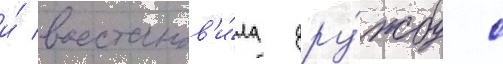
и́ восстанов'и́ла дру́жбу с